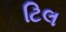
ટિલ